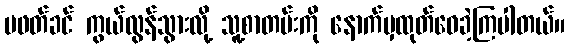
မဖတ်ခင် ကွယ်လွန်သွားလို့ သူ့စာတမ်းကို နောက်မှထုတ်ဝေခဲ့ကြပါတယ်။